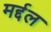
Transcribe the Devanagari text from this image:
मर्द्दल